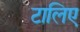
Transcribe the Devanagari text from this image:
टालिए